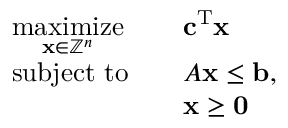
{ \begin{array} { r l r l } & { { \underset { \mathbf { x } \in \mathbb { Z } ^ { n } } { \mathrm { m a x i m i z e } } } } & & { \mathbf { c } ^ { \mathrm { T } } \mathbf { x } } \\ & { { \mathrm { s u b j e c t ~ t o } } } & & { A \mathbf { x } \leq \mathbf { b } , } \\ & { } & & { \mathbf { x } \geq \mathbf { 0 } } \end{array} }